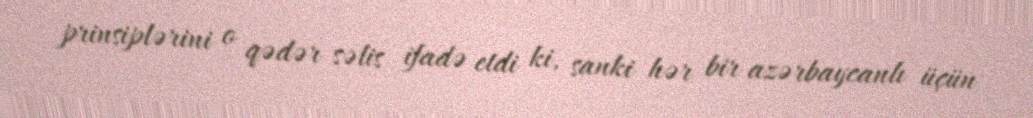
prinsiplərini o qədər səlis ifadə etdi ki, sanki hər bir azərbaycanlı üçün